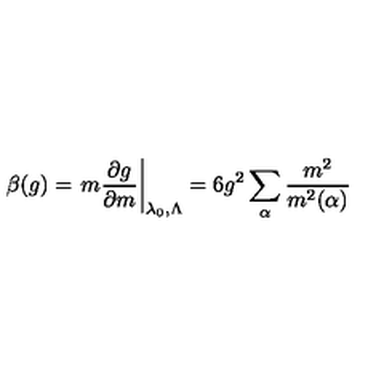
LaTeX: \beta ( g ) = \left. m \frac { \partial g } { \partial m } \right| _ { \lambda _ { 0 } , \Lambda } = 6 g ^ { 2 } \sum _ { \alpha } \frac { m ^ { 2 } } { m ^ { 2 } ( \alpha ) }